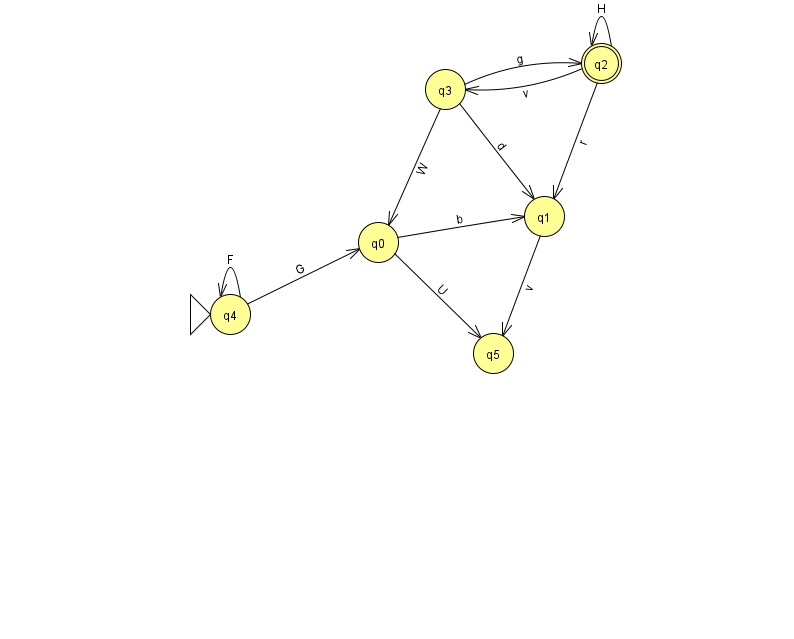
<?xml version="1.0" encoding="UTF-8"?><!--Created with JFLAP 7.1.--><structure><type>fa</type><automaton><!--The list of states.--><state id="0" name="q0"><x>378.0</x><y>229.0</y></state><state id="1" name="q1"><x>544.0</x><y>203.0</y></state><state id="2" name="q2"><x>601.0</x><y>50.0</y><final/></state><state id="3" name="q3"><x>445.0</x><y>76.0</y></state><state id="4" name="q4"><x>230.0</x><y>301.0</y><initial/></state><state id="5" name="q5"><x>493.0</x><y>340.0</y></state><!--The list of transitions.--><transition><from>2</from><to>3</to><read>v</read></transition><transition><from>3</from><to>2</to><read>g</read></transition><transition><from>4</from><to>4</to><read>F</read></transition><transition><from>1</from><to>5</to><read>v</read></transition><transition><from>3</from><to>0</to><read>W</read></transition><transition><from>0</from><to>5</to><read>U</read></transition><transition><from>2</from><to>1</to><read>r</read></transition><transition><from>2</from><to>2</to><read>H</read></transition><transition><from>3</from><to>1</to><read>d</read></transition><transition><from>4</from><to>0</to><read>G</read></transition><transition><from>0</from><to>1</to><read>b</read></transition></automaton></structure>